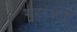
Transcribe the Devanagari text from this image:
शहरआहे